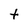
Character: t